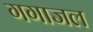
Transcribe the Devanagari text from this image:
गगाजल